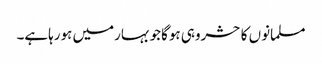
مسلمانوں کاحشروہی ہوگاجوبہارمیں ہورہاہے۔